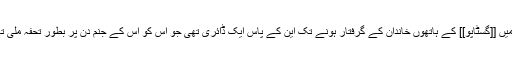
اس وقت سے لے کر اگست 1944ء میں [[گسٹاپو]] کے ہاتھوں خاندان کے گرفتار ہونے تک این کے پاس ایک ڈائری تھی جو اس کو اس کے جنم دن پر بطور تحفہ ملی تھی اور وہ اس میں روزانہ لکھتی تھی۔